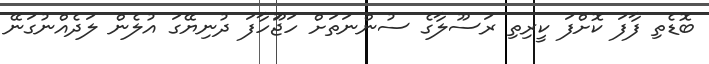
ބޮޑެތި ފާފަ ކޮށްފަ ކީރިތި ރަސޫލާގެ ސުންނަތަށް ހަޖޫަހާފަ ދުނިޔޭގަ އުލެން ލަދެއްނުގަނޭ